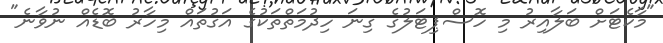
"މާކެޓަށް ބަލާއިރު މި ހޮސްޕިޓަލުގެ ގިނަ ހިދުމަތްތަކުގެ އަގުތައް މިހާރު ބޮޑެއް ނުވާނެ"